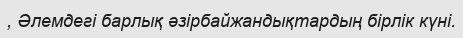
, Әлемдегі барлық әзірбайжандықтардың бірлік күні.